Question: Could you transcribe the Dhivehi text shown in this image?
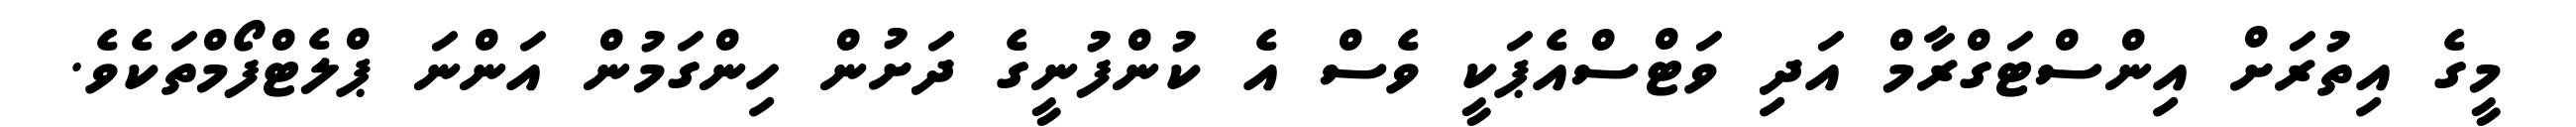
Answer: މީގެ އިތުރަށް އިންސްޓަގްރާމް އަދި ވަޓްސްއެޕަކީ ވެސް އެ ކުންފުނީގެ ދަށުން ހިންގަމުން އަންނަ ޕްލެޓްފޯމްތަކެވެ.